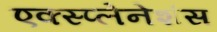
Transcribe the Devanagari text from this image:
एक्स्प्लेनेशंस